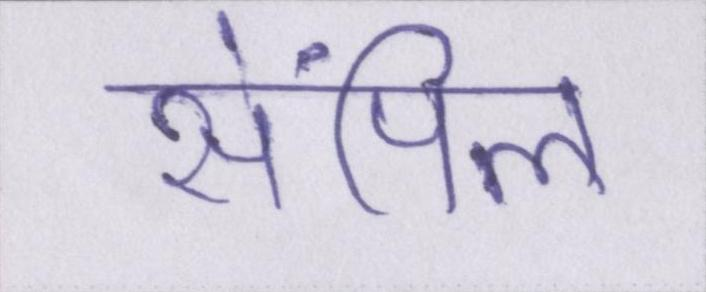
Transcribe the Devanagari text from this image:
सेंपिल